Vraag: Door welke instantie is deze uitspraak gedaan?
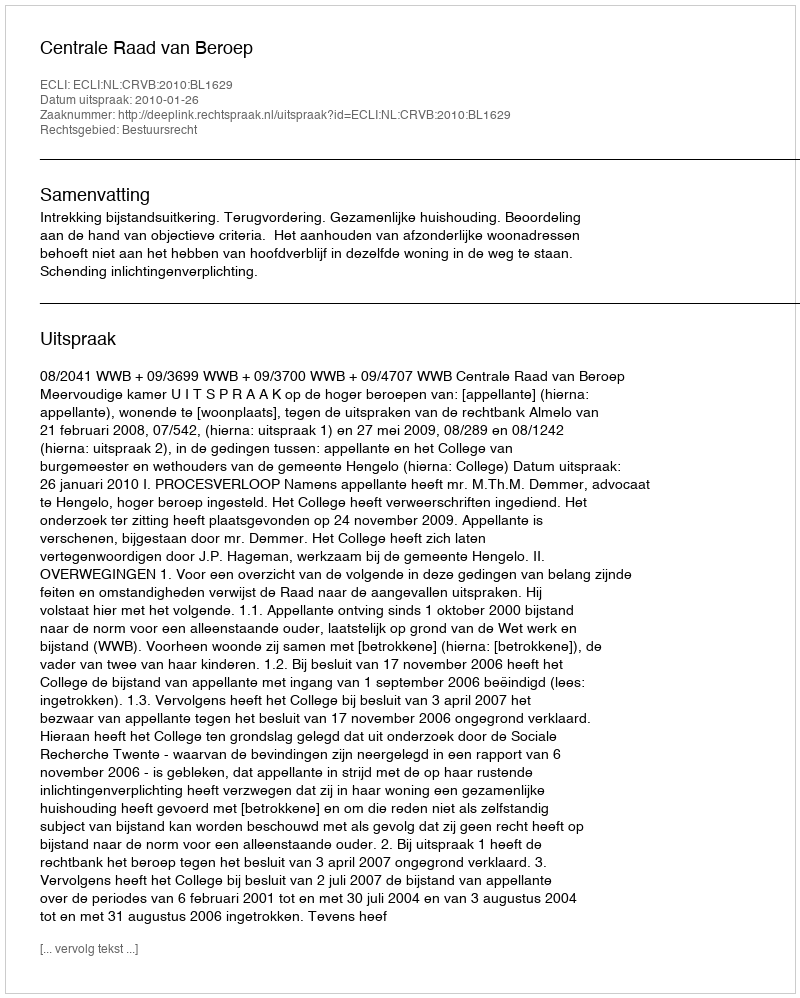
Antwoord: Centrale Raad van Beroep